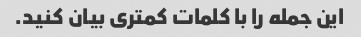
این جمله را با کلمات کمتری بیان کنید.